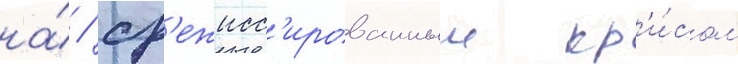
на́ / ср'ежисс'ированныи кр'и́сом